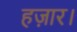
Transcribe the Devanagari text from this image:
हज़ार।